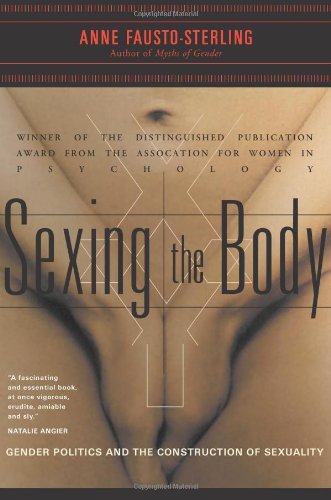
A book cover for Sexing the Body: Gender Politics and the Construction of Sexuality; Anne Fausto-Sterling; Medical Books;